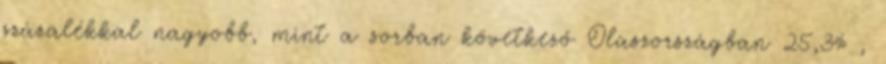
százalékkal nagyobb, mint a sorban következő Olaszországban 25,3% ,